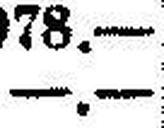
—.—